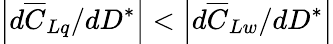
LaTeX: \left|d\overline{{C}}_{Lq}/dD^{*}\right|<\left|d\overline{{C}}_{Lw}/dD^{*}\right|